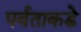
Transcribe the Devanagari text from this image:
पर्वताकडे